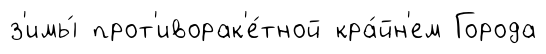
з'имы́ прот'иворак'е́тной кра́йн'ем Города